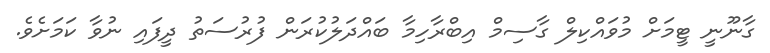
ގާނޫނީ ޓީމަށް މުވައްކިލް ގާސިމް އިބްރާހިމާ ބައްދަލުކުރަން ފުރުސަތު ދީފައި ނުވާ ކަމަށެވެ.